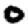
Digit: 0